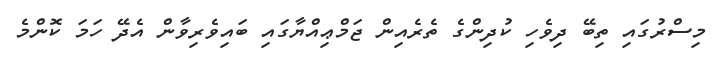
މިސްރުގައި ތިބޭ ދިވެހި ކުދިންގެ ތެރެއިން ޖަމްޢިއްޔާގައި ބައިވެރިވާން އެދޭ ހަމަ ކޮންމެ